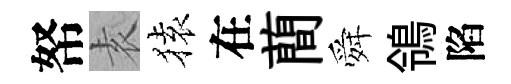
帑𡊮𫞤在蕳舜鴒陷